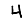
Digit: 4